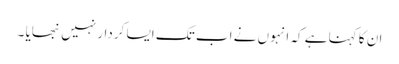
ان کا کہنا ہے کہ انہوں نے اب تک ایسا کردار نہیں نبھایا ۔